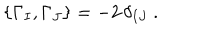
\{ \Gamma _ { I } , \Gamma _ { J } \} = - 2 \, \delta _ { I J } ~ .